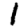
Digit: 1